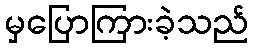
မှပြောကြားခဲ့သည်